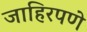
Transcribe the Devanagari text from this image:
जाहिरपणे